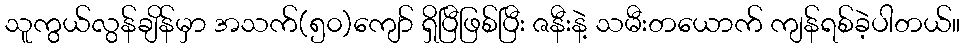
သူကွယ်လွန်ချိန်မှာ အသက်(၅၀)ကျော် ရှိပြီဖြစ်ပြီး ဇနီးနဲ့ သမီးတယောက် ကျန်ရစ်ခဲ့ပါတယ်။